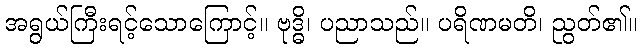
အရွယ်ကြီးရင့်သောကြောင့်။ ဗုဒ္ဓိ၊ ပညာသည်။ ပရိဏမတိ၊ ညွတ်၏။